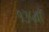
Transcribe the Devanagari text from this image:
१३५वाँ